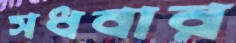
সধবার